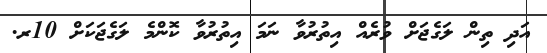
އަދި ތިން ލަގެޖަށް ވުރެއް އިތުރުވާ ނަމަ އިތުރުވާ ކޮންމެ ލަގެޖަކަށް 10ރ.